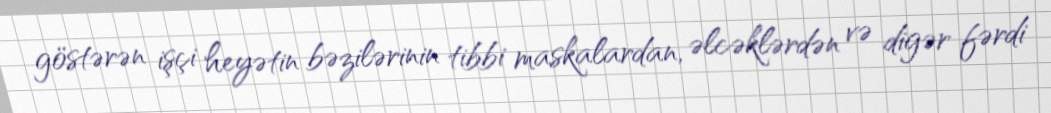
göstərən işçi heyətin bəzilərinin tibbi maskalardan, əlcəklərdən və digər fərdi